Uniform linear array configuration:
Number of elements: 12
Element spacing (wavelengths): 0.75
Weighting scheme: exponential
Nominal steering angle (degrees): -60
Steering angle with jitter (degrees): -58.463
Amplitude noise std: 0.05
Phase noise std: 0.05

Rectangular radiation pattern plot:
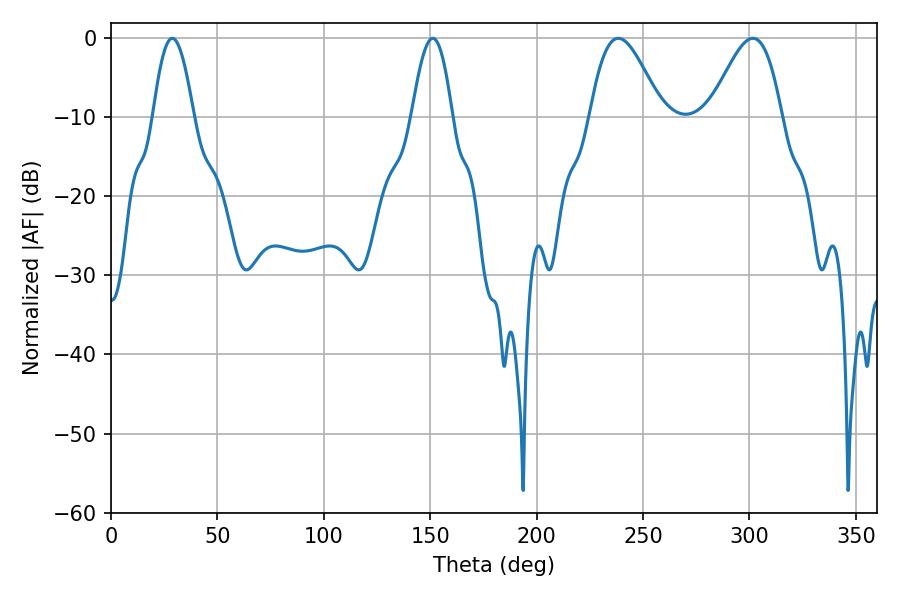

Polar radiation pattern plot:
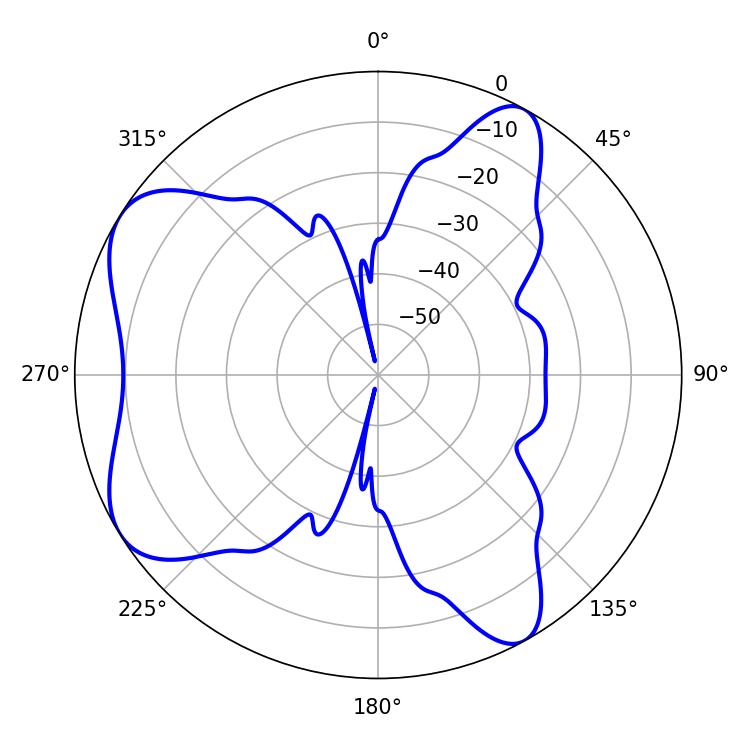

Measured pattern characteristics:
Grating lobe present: TRUE
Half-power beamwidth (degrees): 10.26
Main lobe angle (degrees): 28.8